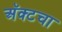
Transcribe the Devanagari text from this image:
अॅक्टचा